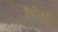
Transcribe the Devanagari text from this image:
जैंबीजी